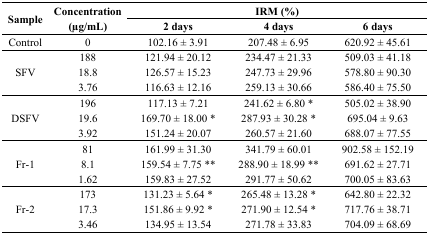
<table><thead><tr><td rowspan="2"><b>Sample</b></td><td rowspan="2"><b>Concentration (μg/mL)</b></td><td colspan="3"><b>IRM (%)</b></td></tr><tr><td><b>2 days</b></td><td><b>4 days</b></td><td><b>6 days</b></td></tr></thead><tbody><tr><td>Control</td><td>0</td><td>102.16 ± 3.91</td><td>207.48 ± 6.95</td><td>620.92 ± 45.61</td></tr><tr><td rowspan="3">SFV</td><td>188</td><td>121.94 ± 20.12</td><td>234.47 ± 21.33</td><td>509.03 ± 41.18</td></tr><tr><td>18.8</td><td>126.57 ± 15.23</td><td>247.73 ± 29.96</td><td>578.80 ± 90.30</td></tr><tr><td>3.76</td><td>116.63 ± 12.16</td><td>259.13 ± 30.66</td><td>586.40 ± 75.50</td></tr><tr><td rowspan="3">DSFV</td><td>196</td><td>117.13 ± 7.21</td><td>241.62 ± 6.80 *</td><td>505.02 ± 38.90</td></tr><tr><td>19.6</td><td>169.70 ± 18.00 *</td><td>287.93 ± 30.28 *</td><td>695.04 ± 9.63</td></tr><tr><td>3.92</td><td>151.24 ± 20.07</td><td>260.57 ± 21.60</td><td>688.07 ± 77.55</td></tr><tr><td rowspan="3">Fr-1</td><td>81</td><td>161.99 ± 31.30</td><td>341.79 ± 60.01</td><td>902.58 ± 152.19</td></tr><tr><td>8.1</td><td>159.54 ± 7.75 **</td><td>288.90 ± 18.99 **</td><td>691.62 ± 27.71</td></tr><tr><td>1.62</td><td>159.83 ± 27.52</td><td>291.77 ± 50.62</td><td>700.05 ± 83.63</td></tr><tr><td rowspan="3">Fr-2</td><td>173</td><td>131.23 ± 5.64 *</td><td>265.48 ± 13.28 *</td><td>642.80 ± 22.32</td></tr><tr><td>17.3</td><td>151.86 ± 9.92 *</td><td>271.90 ± 12.54 *</td><td>717.76 ± 38.71</td></tr><tr><td>3.46</td><td>134.95 ± 13.54</td><td>271.78 ± 33.83</td><td>704.09 ± 68.69</td></tr></tbody></table>